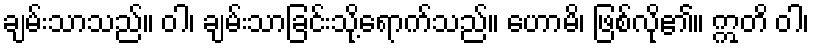
ချမ်းသာသည်။ ဝါ၊ ချမ်းသာခြင်းသို့ရောက်သည်။ ဟောမိ၊ ဖြစ်လို၏။ ဣတိ ဝါ၊